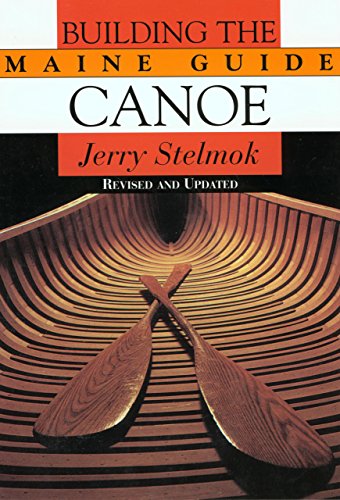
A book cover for Building the Maine Guide Canoe; Jerry Stelmok; Travel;